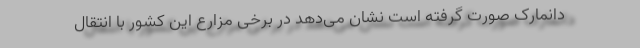
دانمارک صورت گرفته است نشان می‌دهد در برخی مزارع این کشور با انتقال